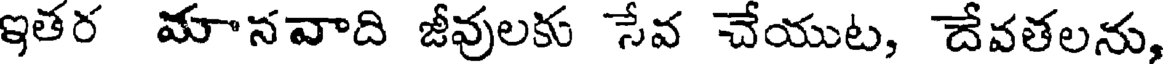
ఇతర మానవాది జీవులకు సేవ చేయుట, దేవతలను,